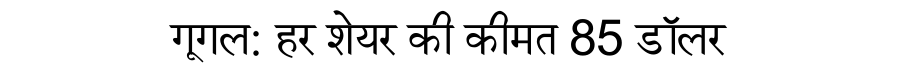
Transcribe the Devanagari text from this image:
गूगल: हर शेयर की कीमत 85 डॉलर